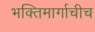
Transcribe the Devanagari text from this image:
भक्तिमार्गाचीच